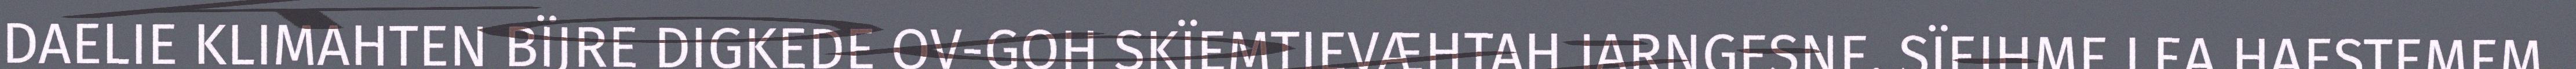
DAELIE KLIMAHTEN BÏJRE DIGKEDE OV-GOH SKÏEMTJEVÆHTAH JARNGESNE. SÏEJHME LEA HAESTEMEM